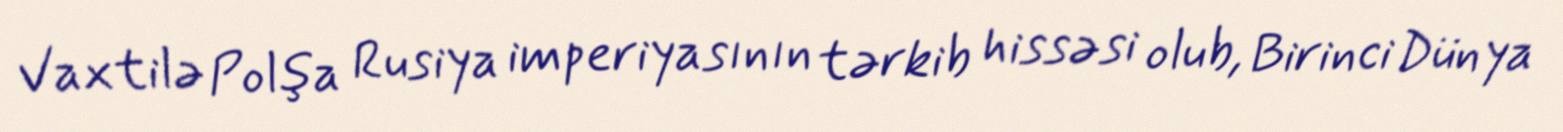
Vaxtilə Polşa Rusiya imperiyasının tərkib hissəsi olub, Birinci Dünya